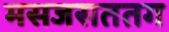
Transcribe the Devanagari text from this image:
मसजसततग